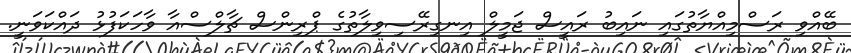
ބޭއްވި ރަސްމިއްޔާތުގައި ނައިބު ރައީސް ޖަމީލް އިނގިރޭސިވިލާތުގެ ޕްރިންސް ޗާލްސްއާ ވާހަކަފުޅު ދައްކަވަނީ.